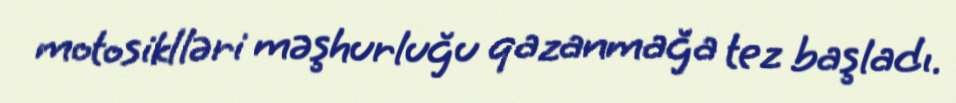
motosiklləri məşhurluğu qazanmağa tez başladı.